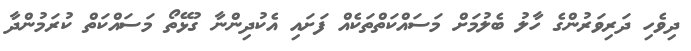
ދިވެހި ދަރިވަރުންގެ ހާލު ބެލުމަށް މަސައްކަތްތަކެއް ފަށައި އެކުދިންނާ ގުޅޭތޯ މަސައްކަތް ކުރަމުންދާ